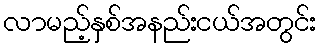
လာမည့်နှစ်အနည်းငယ်အတွင်း